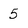
Character: 5